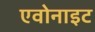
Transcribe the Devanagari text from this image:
एवोनाइट